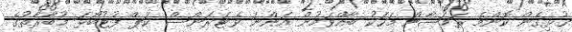
ގުޅިގެން ކޮންމެ ރަމަޟާން މަހަކު ބާއްވަމުން އަންނަ ވެޓަރަންސް ކަޕް ފުޓުބޯޅަ މުބާރާތުގެ